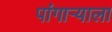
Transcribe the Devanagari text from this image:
पांगाऱ्याला